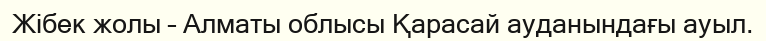
Жібек жолы – Алматы облысы Қарасай ауданындағы ауыл.